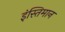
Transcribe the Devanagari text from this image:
इंस्तिमान